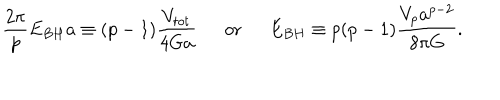
{ \frac { 2 \pi } { p } } E _ { B H } a \equiv ( p - 1 ) { \frac { V _ { t o t } } { 4 G a } } \ \ \mathrm { o r } \ \ E _ { B H } \equiv p ( p - 1 ) { \frac { V _ { p } a ^ { p - 2 } } { 8 \pi G } } .